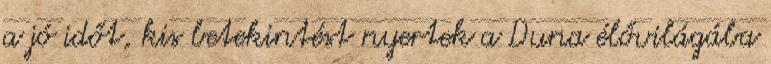
a jó időt, kis betekintést nyertek a Duna élővilágába